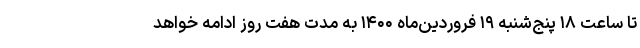
تا ساعت ۱۸ پنج‌شنبه ۱۹ فروردین‌ماه ۱۴۰۰ به مدت هفت روز ادامه خواهد